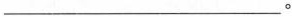
___